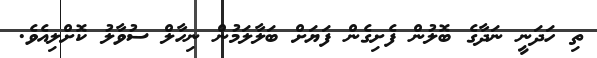
ތި ހަދަނީ ނަދާގެ ބޮލުން ފެށިގެން ފަޔަށް ބަލާލަމުން ނިހާލް ސުވާލު ކޮށްލިއެވެ.